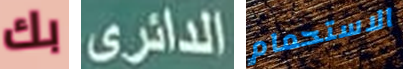
بك الدائري الاستحمام